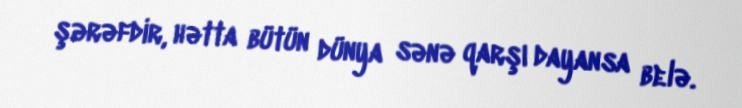
şərəfdir, hətta bütün dünya sənə qarşı dayansa belə.